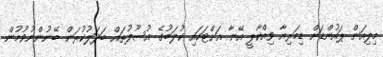
މިލިއަން ޕައުންޑަށް ޑިމަރިއާ ވިއްކާލީ އޭނާ އަށްޓަކައި ކުލަބުގެ އުސޫލުތައް ބަދަލުކުރަން ބޭނުންނުވުމުން